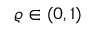
\varrho \in ( 0 , 1 )